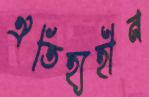
ঐতিহ্যহীন